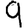
Digit: 9